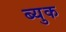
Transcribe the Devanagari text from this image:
ब्युक